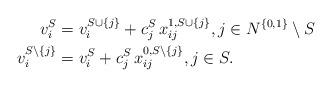
LaTeX: \begin{align*}v_i^S & = v_i^{S \cup \{j\}} + c^{S}_j \, x_{ij}^{1, S \cup \{j\}}, j \in N^{\{0, 1\}} \setminus S \\v_i^{S \setminus \{j\}} & = v_i^S + c^{S}_j \, x_{ij}^{0, S \setminus \{j\}}, j \in S.\end{align*}